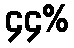
၄၄%